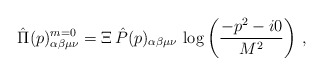
\begin{align*}\hat{\Pi}(p)_{\alpha\beta\mu\nu}^{m=0}=\Xi\,\hat{P}(p)_{\alpha\beta\mu\nu}\,\log\left( \frac{-p^2 -i0}{M^2}\right)\,,\end{align*}